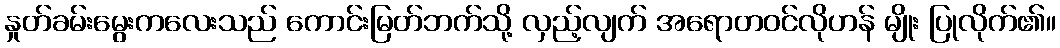
နှုတ်ခမ်းမွေးကလေးသည် ကောင်းမြတ်ဘက်သို့ လှည့်လျက် အရောတဝင်လိုဟန် မျိုး ပြုလိုက်၏။